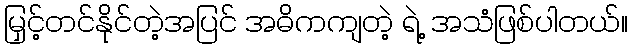
မြှင့်တင်နိုင်တဲ့အပြင် အဓိကကျတဲ့ ရဲ့ အသံဖြစ်ပါတယ်။